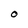
Character: O